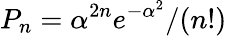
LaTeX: P_{n}=\alpha^{2n}e^{-\alpha^{2}}/(n!)